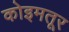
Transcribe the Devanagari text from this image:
कोइमतूर